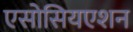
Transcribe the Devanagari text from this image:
एसोसियएशन